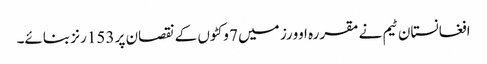
افغانستان ٹیم نے مقررہ اوورز میں 7 وکٹوں کے نقصان پر 153 رنز بنائے۔